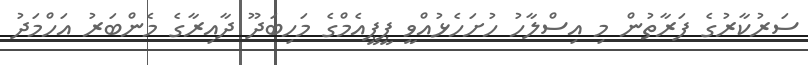
ސަރުކާރުގެ ފަރާތުން މި އިސްލާހު ހުށަހެޅުއްވީ ޕީޕީއެމްގެ މަހިބަދޫ ދާއިރާގެ މެންބަރު އަހްމަދު